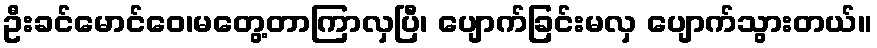
ဦးခင်မောင်ဝေ၊မတွေ့တာကြာလှပြီ၊ ပျောက်ခြင်းမလှ ပျောက်သွားတယ်။